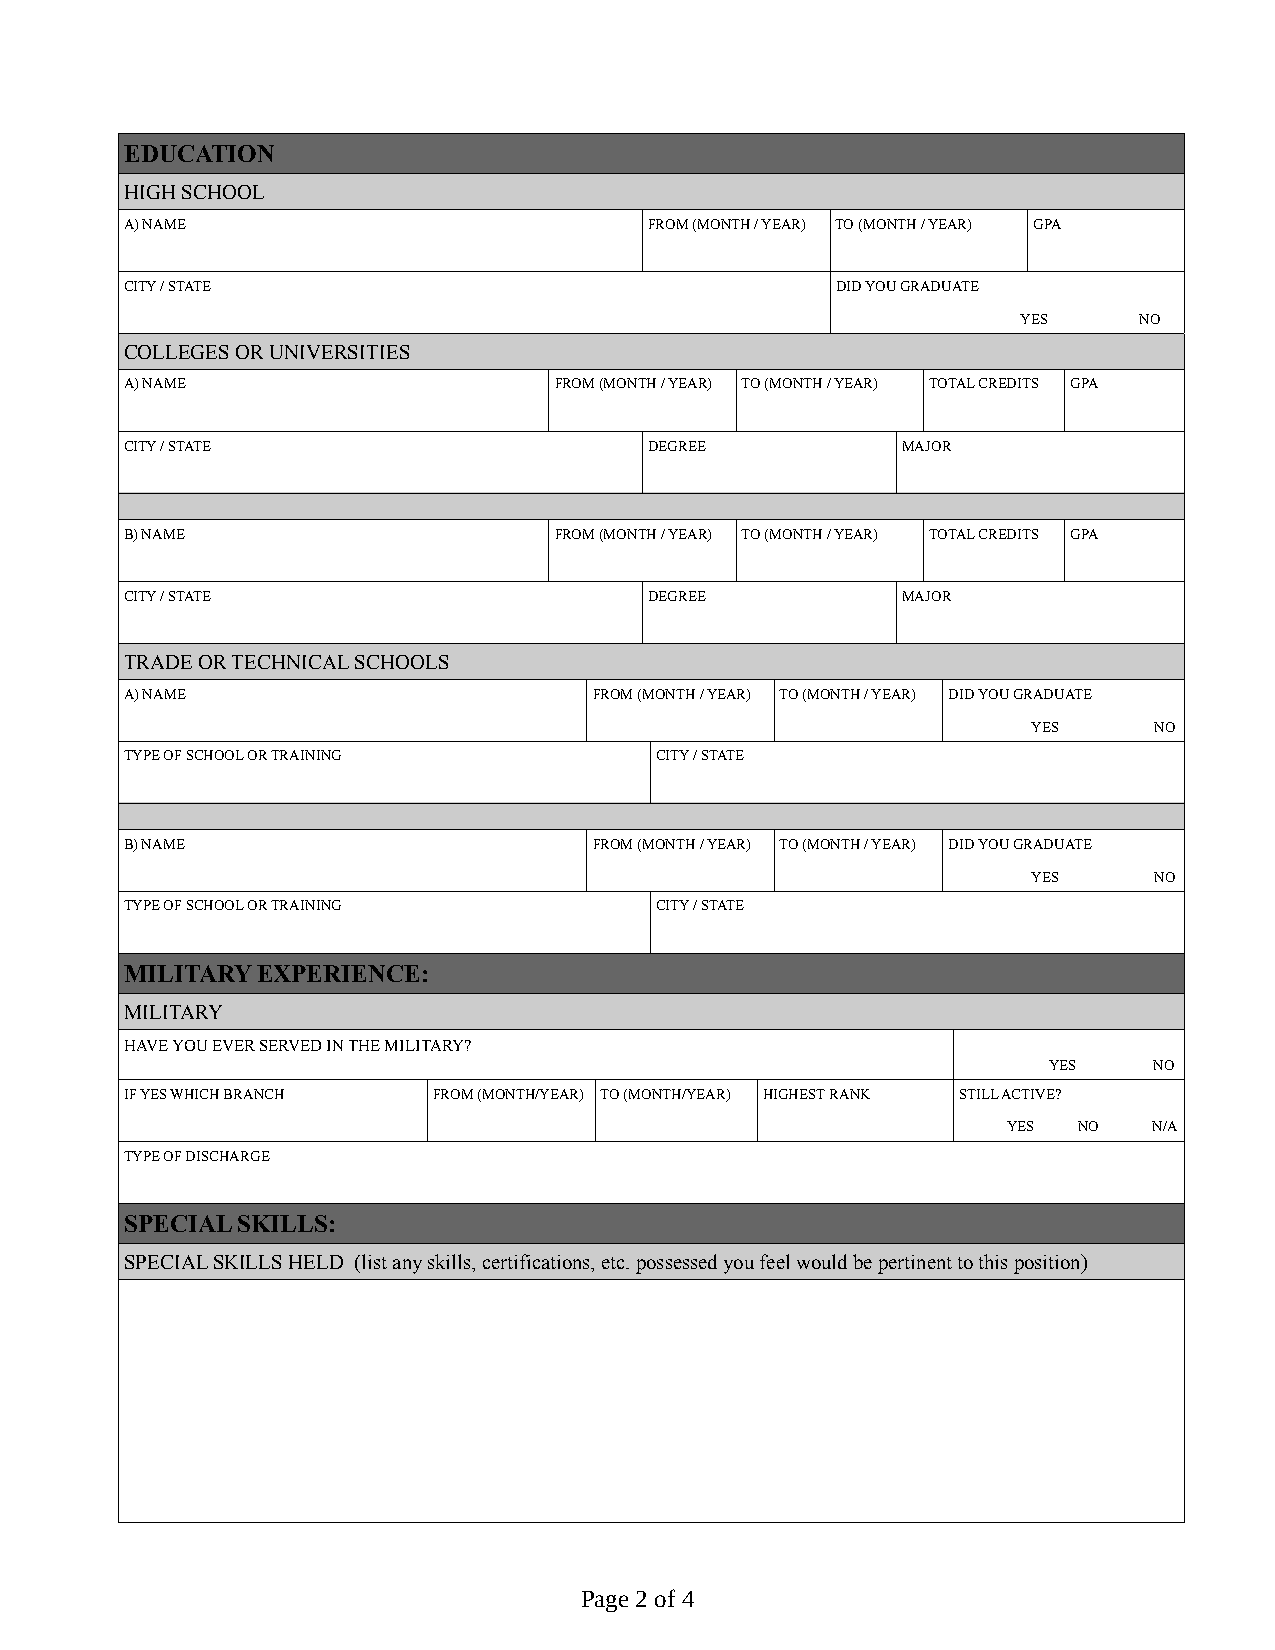
EDUCATION
 HIGH SCHOOL
 A) NAME                            FROM (MONTH / YEAR) TO (MONTH / YEAR) GPA
 CITY / STATE                                   DID YOU GRADUATE
 YES    NO
 COLLEGES OR UNIVERSITIES
 A) NAME                      FROM (MONTH / YEAR) TO (MONTH / YEAR) TOTAL CREDITS GPA
 CITY / STATE                       DEGREE           MAJOR
 B) NAME                      FROM (MONTH / YEAR) TO (MONTH / YEAR) TOTAL CREDITS GPA
 CITY / STATE                       DEGREE           MAJOR
 TRADE OR TECHNICAL SCHOOLS
 A) NAME                        FROM (MONTH / YEAR) TO (MONTH / YEAR) DID YOU GRADUATE
 YES     NO
 TYPE OF SCHOOL OR TRAINING         CITY / STATE
 B) NAME                        FROM (MONTH / YEAR) TO (MONTH / YEAR) DID YOU GRADUATE
 YES     NO
 TYPE OF SCHOOL OR TRAINING         CITY / STATE
 MILITARY EXPERIENCE:
 MILITARY
 HAVE YOU EVER SERVED IN THE MILITARY?
 YES    NO
 IF YES WHICH BRANCH  FROM (MONTH/YEAR) TO (MONTH/YEAR) HIGHEST RANK STILL ACTIVE?
 YES NO   N/A
 TYPE OF DISCHARGE
 SPECIAL SKILLS:
 SPECIAL SKILLS HELD (list any skills, certifications, etc. possessed you feel would be pertinent to this position)
 Page 2 of 4